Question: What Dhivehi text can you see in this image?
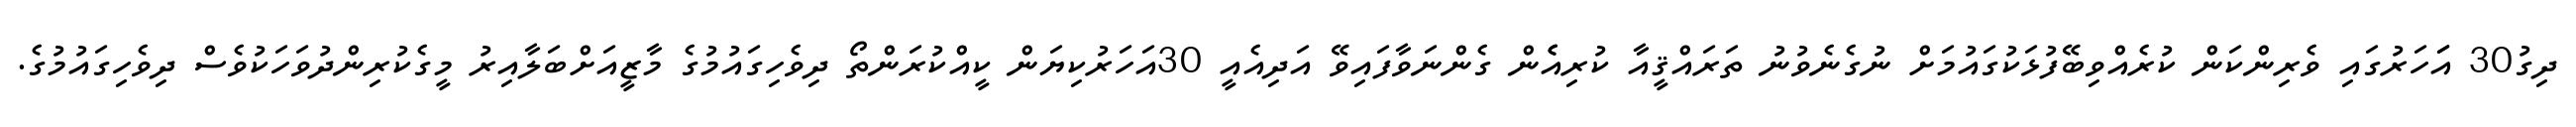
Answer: ދިގު30 އަަހަރުގައި ވެރިންކަން ކުރެއްވިބޭފުޅަކުގައުމަށް ނުގެނެވުނު ތަރައްޤީއާ ކުރިއެެން ގެންނަވާފައިވޭ އަދިއެއީ 30އަހަރުކިޔަން ކީއްކުރަންތޯ ދިވެހިގައުމުގެ މާޒީއަށްބަލާއިރު މީގެކުރިންދުވަހަކުވެސް ދިވެހިގައުމުގެ.